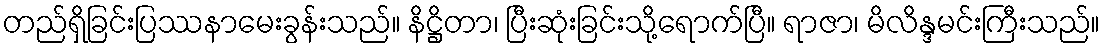
တည်ရှိခြင်းပြဿနာမေးခွန်းသည်။ နိဋ္ဌိတာ၊ ပြီးဆုံးခြင်းသို့ရောက်ပြီ။ ရာဇာ၊ မိလိန္ဒမင်းကြီးသည်။